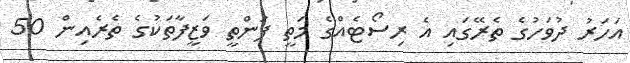
އަހަރު ދުވަހުގެ ތެރޭގައި އެ ރިސޯޓެއްގެ މަތީ ފަންތީ ވަޒީފާތަކުގެ ތެރެއިން 50